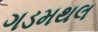
ગડમથલ